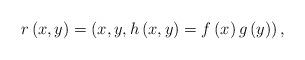
LaTeX: \begin{align*}r\left( x,y\right) =\left( x,y,h\left( x,y\right) =f\left( x\right) g\left(y\right) \right) , \end{align*}